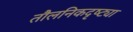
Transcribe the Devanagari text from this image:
तौलनिकदृष्ट्या